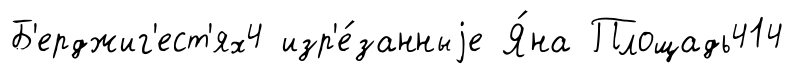
Б'ерджиг'ест'ях4 изр'е́занныjе Я́на Площадь414